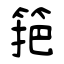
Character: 筢